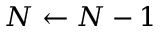
N \gets N - 1